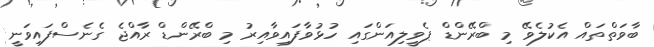
ބާވަތްތައް އެކުލެވޭ މި ބްރޭންޑް ޕެވީލިއަންގައި ހުޅުވާފައިވާއިރު މި ބްރޭންޑް ރާއްޖެ ގެނެސްފައިވަނީ